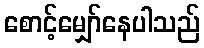
စောင့်မျှော်နေပါသည်